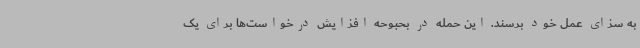
به سزای عمل خود برسند. این حمله در بحبوحه افزایش درخواست‌ها برای یک